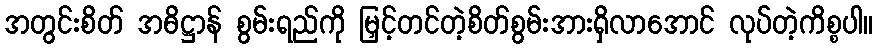
အတွင်းစိတ် အဓိဋ္ဌာန် စွမ်းရည်ကို မြှင့်တင်တဲ့စိတ်စွမ်းအားရှိလာအောင် လုပ်တဲ့ကိစ္စပါ။